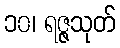
၁၀၊ ရဇ္ဇသုတ်